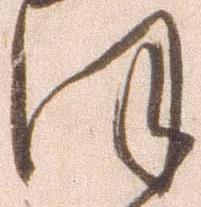
ほ